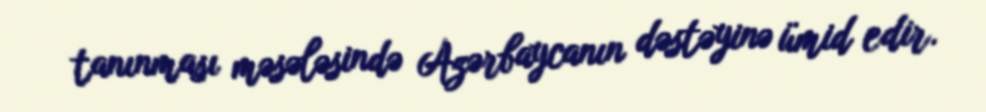
tanınması məsələsində Azərbaycanın dəstəyinə ümid edir.